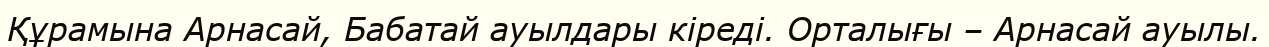
Құрамына Арнасай, Бабатай ауылдары кіреді. Орталығы – Арнасай ауылы.